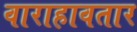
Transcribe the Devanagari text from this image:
वाराहावतार